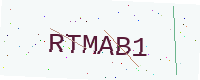
Text: RTMAB1